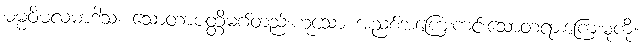
ဓမ္မဝိမလမာဒါသံ၊ သောတာပတ္တိမဂ်တည်းဟူသော အညစ်အကြေးကင်းသောတရားကြေးမုံကို။